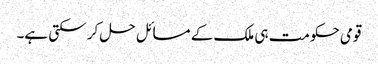
قومی حکومت ہی ملک کے مسائل حل کر سکتی ہے۔